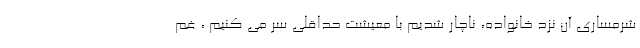
شرمساری آن نزد خانواده، ناچار شدیم با معیشت حداقلی سر می کنیم ، غم